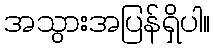
အသွားအပြန်ရှိပါ။